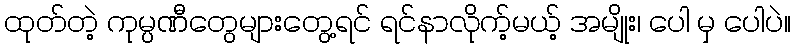
ထုတ်တဲ့ ကုမ္ပဏီတွေများတွေ့ရင် ရင်နာလိုက့်မယ့် အမျိုး၊ ပေါ မှ ပေါပဲ။